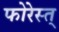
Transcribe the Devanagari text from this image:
फोरेस्त्